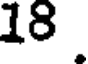
18